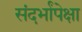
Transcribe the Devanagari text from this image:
संदर्भांपेक्षा